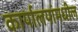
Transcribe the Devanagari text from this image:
कार्यालयांमधील